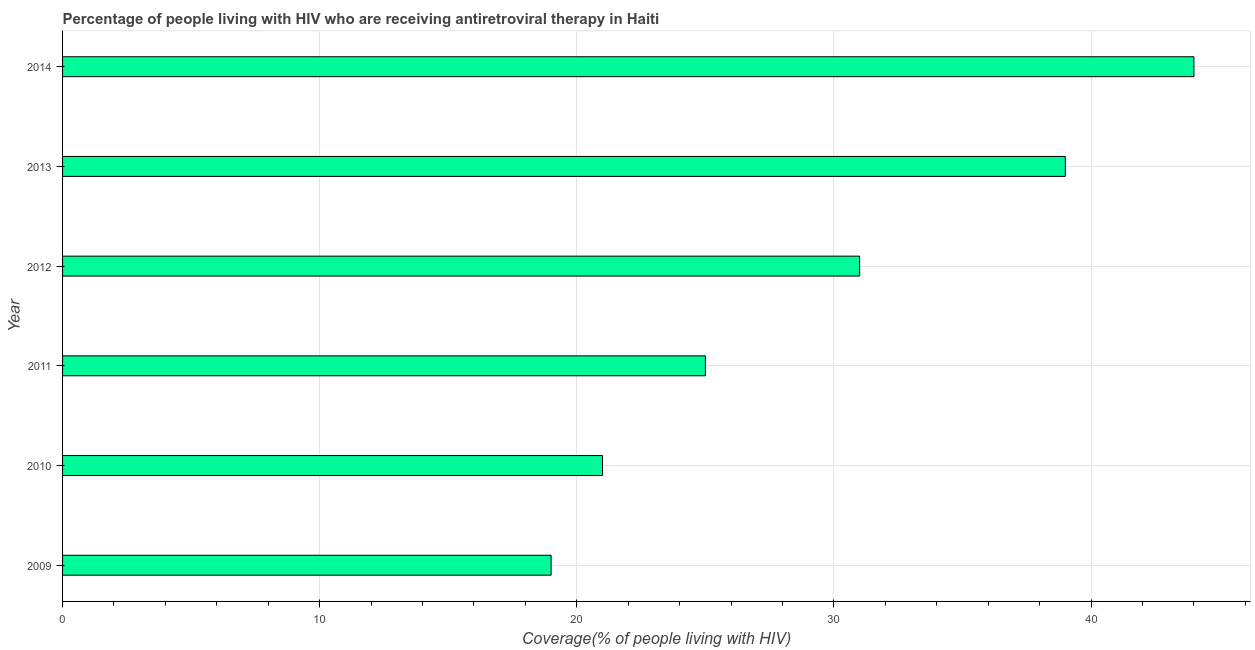
| Year | Antiretroviral therapy coverage |
 | --- | --- |
 | 2009 | 19 |
 | 2010 | 21 |
 | 2011 | 25 |
 | 2012 | 31 |
 | 2013 | 39 |
 | 2014 | 44 |